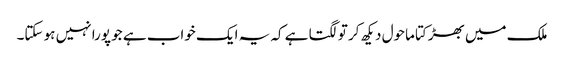
ملک میں بھڑکتا ماحول دیکھ کر تو لگتا ہے کہ یہ ایک خواب ہے جو پورا نہیں ہو سکتا۔